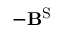
- \mathbf { B } ^ { \mathrm { S } }